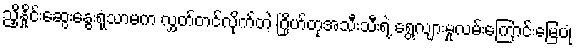
ညှိနှိုင်းဆွေးနွေးရုံသာမက လွှတ်တင်လိုက်တဲ့ ဂြိုဟ်တုအသီးသီးရဲ့ ရွေ့လျားမှုလမ်းကြောင်းမြေပုံ